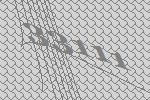
33111